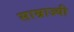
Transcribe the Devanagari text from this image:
साम्राज्यी